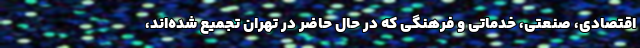
اقتصادی، صنعتی، خدماتی و فرهنگي که در حال حاضر در تهران تجمیع شده‌اند،